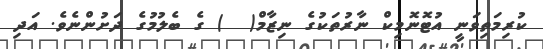
ކުރިމަތިވަނީ އުޓޮނޮމިކް ނާރުތަކުގެ ނިޒާމް(  ) ގެ ބެލުމުގެ ދަށުންނެވެ. އަދި